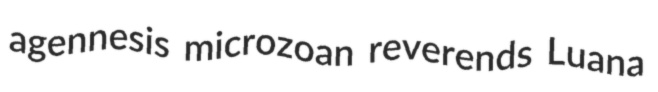
agennesis microzoan reverends Luana